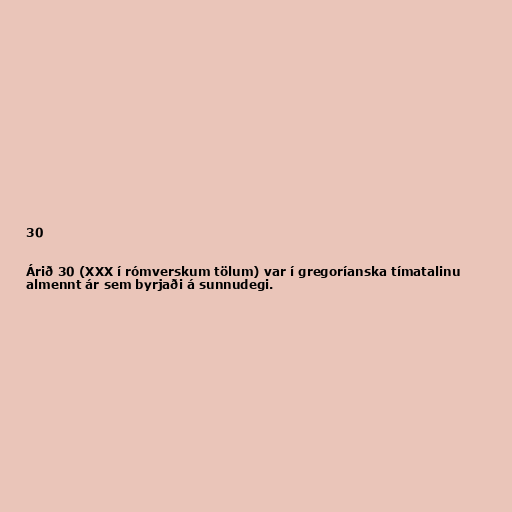
30

Árið 30 (XXX í rómverskum tölum) var í gregoríanska tímatalinu
almennt ár sem byrjaði á sunnudegi.